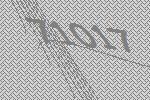
71017